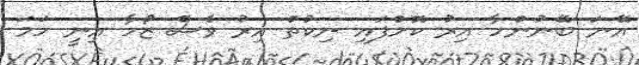
އޭނަ ބޭނުންހާ އިރު ކޮށްފައި ނިކުތް އިރު ވެސް ޒޯހާ އިނީ ހަމަ